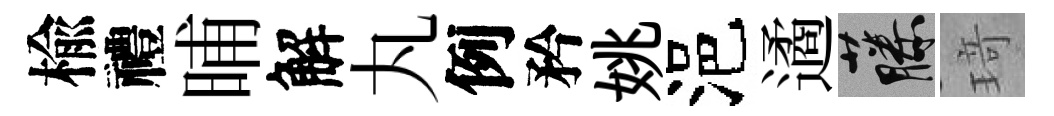
楡禮晡解丸例矜姚浥遹藤𤦺